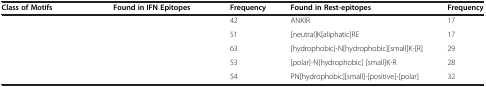
<table><thead><tr><td><b>Class of Motifs</b></td><td><b>Found in IFN Epitopes</b></td><td><b>Frequency</b></td><td><b>Found in Rest-epitopes</b></td><td><b>Frequency</b></td></tr></thead><tbody><tr><td>[EMPTY_CELL]</td><td>[EMPTY_CELL]</td><td>42</td><td>ANKIR</td><td>17</td></tr><tr><td>[EMPTY_CELL]</td><td>[EMPTY_CELL]</td><td>51</td><td>[neutral]K[aliphatic]RE</td><td>17</td></tr><tr><td>[EMPTY_CELL]</td><td>[EMPTY_CELL]</td><td>63</td><td>[hydrophobic]-N[hydrophobic][small]K-[R]</td><td>29</td></tr><tr><td>[EMPTY_CELL]</td><td>[EMPTY_CELL]</td><td>53</td><td>[polar]-N[hydrophobic] [small]K-R</td><td>28</td></tr><tr><td>[EMPTY_CELL]</td><td>[EMPTY_CELL]</td><td>54</td><td>PN[hydrophobic][small]-[positive]-[polar]</td><td>32</td></tr></tbody></table>